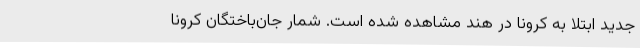
جدید ابتلا به کرونا در هند مشاهده شده است. شمار جان‌باختگان کرونا